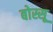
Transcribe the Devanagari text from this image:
बोस्सू